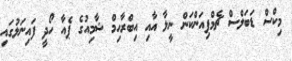
މިކްސް ޑަބަލްސް ޗެމްޕިއަންކަން ނީލާ އާއި އިބްރާހިމް ޝާމިއުގެ ޕެއާ ހޯދީ ފައިނަލުގައި